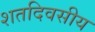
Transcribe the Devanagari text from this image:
शतदिवसीय